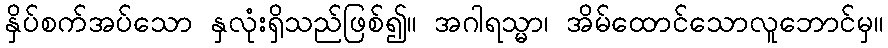
နှိပ်စက်အပ်သော နှလုံးရှိသည်ဖြစ်၍။ အဂါရသ္မာ၊ အိမ်ထောင်သောလူဘောင်မှ။